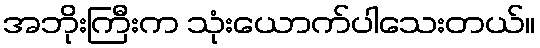
အဘိုးကြီးက သုံးယောက်ပါသေးတယ်။